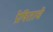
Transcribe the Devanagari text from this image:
प्रेषिताचे